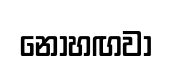
නොහඟවා